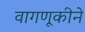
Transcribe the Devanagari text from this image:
वागणूकीने